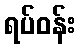
ရပ်ဝန်း